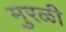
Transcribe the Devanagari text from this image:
मुरळी